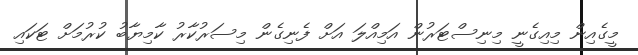
މީގެއިން މިއިގެނީ މިނިސްޓަރުން އަމިއްލަ އަށް ފެނިގެން މިސަރުކާރު ކާމިޔާބު ކުރުމަށް ޓަކައި